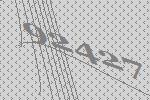
92427